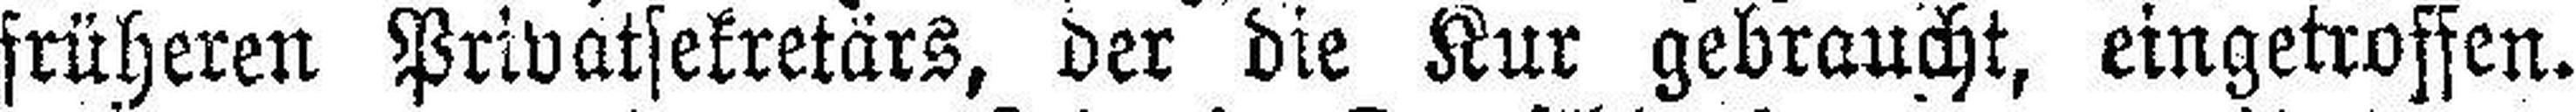
früheren Privatsekretärs, der die Kur gebraucht, eingetroffen.